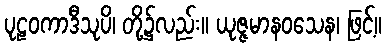
ပုဠဝကာဒီသုပိ၊ တို့၌လည်း။ ယုဇ္ဇမာနဝသေန၊ ဖြင့်။